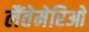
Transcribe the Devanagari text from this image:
लैंतेमेरिओ